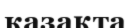
казақта